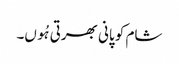
شام کو پانی بھرتی ہُوں۔